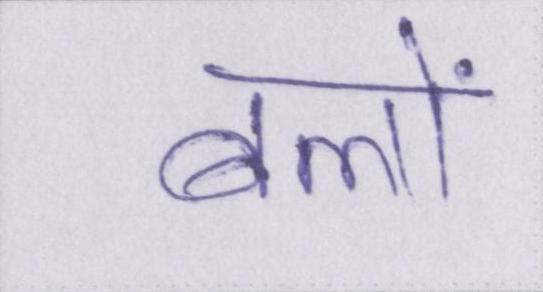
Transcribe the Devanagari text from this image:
बलों